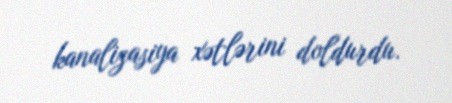
kanalizasiya xətlərini doldurdu.